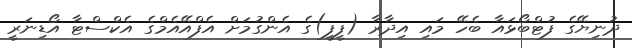
ދުނިޔޭގެ ފުޓްބޯޅައާ ބެހޭ މައި އިދާރާ (ފީފީ)ގެ އެންގުމަށް އެފްއޭއެމްގެ އެކްސްޓާ އޯޑިނަރީ